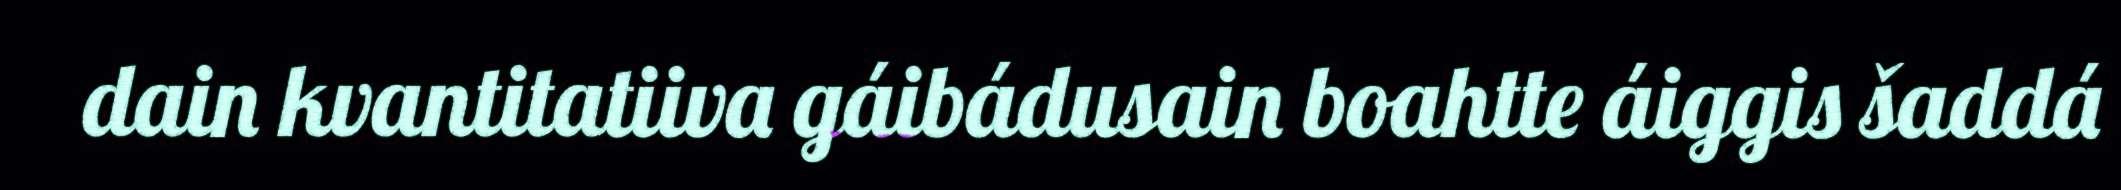
dain kvantitatiiva gáibádusain boahtte áiggis šaddá